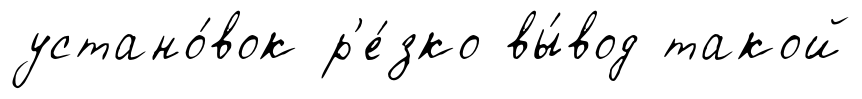
устано́вок р'е́зко вы́вод такой